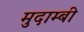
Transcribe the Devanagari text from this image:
मुदाम्बी